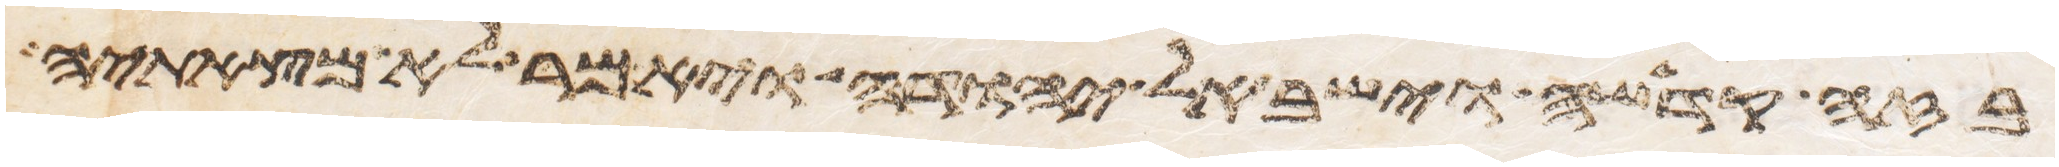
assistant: בזה קדשה וישב אל יהודה ויאמר לא מצאתיה